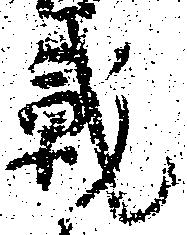
戦